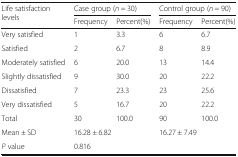
<table><thead><tr><td rowspan="2"><b>Life satisfaction levels</b></td><td colspan="2"><b>Case group (<i>n</i> = 30)</b></td><td colspan="2"><b>Control group (<i>n</i> = 90)</b></td></tr><tr><td><b>Frequency</b></td><td><b>Percent(%)</b></td><td><b>Frequency</b></td><td><b>Percent(%)</b></td></tr></thead><tbody><tr><td>Very satisfied</td><td>1</td><td>3.3</td><td>6</td><td>6.7</td></tr><tr><td>Satisfied</td><td>2</td><td>6.7</td><td>8</td><td>8.9</td></tr><tr><td>Moderately satisfied</td><td>6</td><td>20.0</td><td>13</td><td>14.4</td></tr><tr><td>Slightly dissatisfied</td><td>9</td><td>30.0</td><td>20</td><td>22.2</td></tr><tr><td>Dissatisfied</td><td>7</td><td>23.3</td><td>23</td><td>25.6</td></tr><tr><td>Very dissatisfied</td><td>5</td><td>16.7</td><td>20</td><td>22.2</td></tr><tr><td>Total</td><td>30</td><td>100.0</td><td>90</td><td>100.0</td></tr><tr><td>Mean ± SD</td><td colspan="2">16.28 ± 6.82</td><td colspan="2">16.27 ± 7.49</td></tr><tr><td><i>P</i> value</td><td colspan="4">0.816</td></tr></tbody></table>